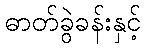
ဓာတ်ခွဲခန်းနှင့်